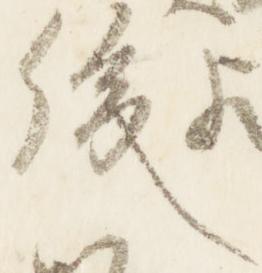
後